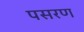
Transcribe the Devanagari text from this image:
पसरण